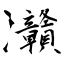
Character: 灨